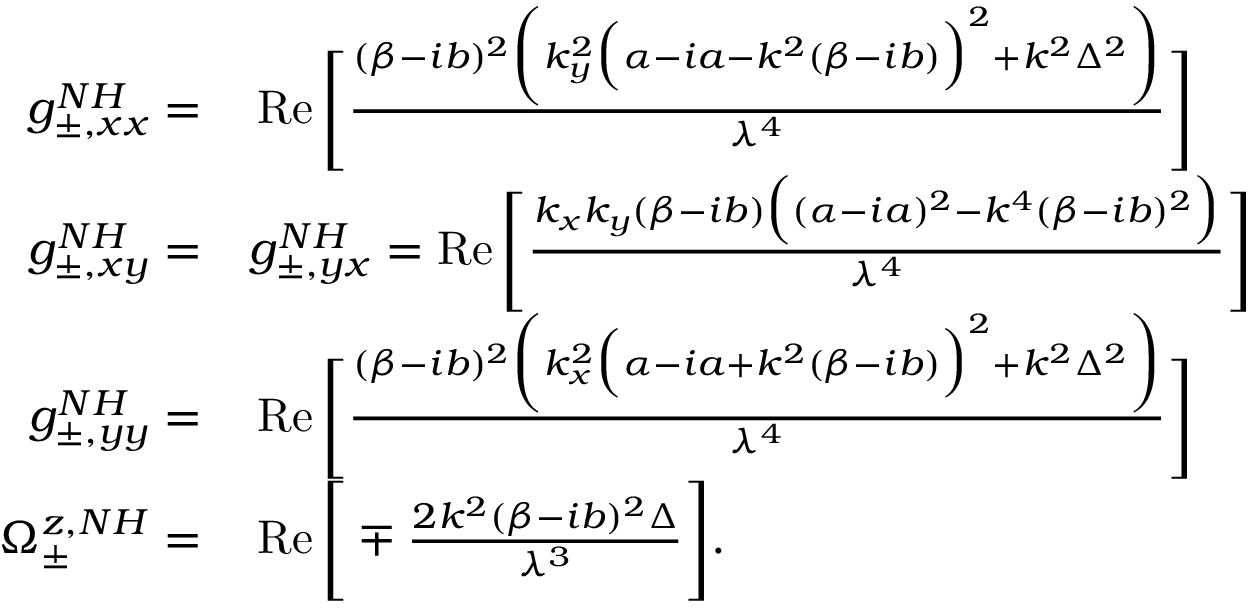
\begin{array} { r l } { g _ { \pm , x x } ^ { N H } = } & { { } \operatorname { R e } \Bigg [ \frac { ( \beta - i b ) ^ { 2 } \bigg ( k _ { y } ^ { 2 } \Big ( \alpha - i a - k ^ { 2 } ( \beta - i b ) \Big ) ^ { 2 } + k ^ { 2 } \Delta ^ { 2 } \bigg ) } { \lambda ^ { 4 } } \Bigg ] } \\ { g _ { \pm , x y } ^ { N H } = } & { { } g _ { \pm , y x } ^ { N H } = \operatorname { R e } \Bigg [ \frac { k _ { x } k _ { y } ( \beta - i b ) \Big ( ( \alpha - i a ) ^ { 2 } - k ^ { 4 } ( \beta - i b ) ^ { 2 } \Big ) } { \lambda ^ { 4 } } \Bigg ] } \\ { g _ { \pm , y y } ^ { N H } = } & { { } \operatorname { R e } \Bigg [ \frac { ( \beta - i b ) ^ { 2 } \bigg ( k _ { x } ^ { 2 } \Big ( \alpha - i a + k ^ { 2 } ( \beta - i b ) \Big ) ^ { 2 } + k ^ { 2 } \Delta ^ { 2 } \bigg ) } { \lambda ^ { 4 } } \Bigg ] } \\ { \Omega _ { \pm } ^ { z , N H } = } & { { } \operatorname { R e } \Bigg [ \mp \frac { 2 k ^ { 2 } ( \beta - i b ) ^ { 2 } \Delta } { \lambda ^ { 3 } } \Bigg ] . } \end{array}